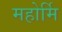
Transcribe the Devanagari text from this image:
महोर्मि